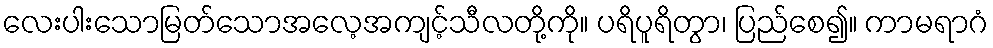
လေးပါးသောမြတ်သောအလေ့အကျင့်သီလတို့ကို။ ပရိပူရိတွာ၊ ပြည်စေ၍။ ကာမရာဂံ